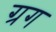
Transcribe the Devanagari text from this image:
ग्रग